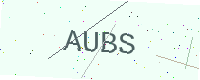
Text: AUBS